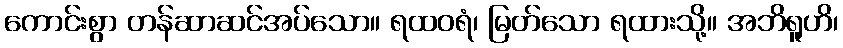
ကောင်းစွာ တန်ဆာဆင်အပ်သော။ ရထဝရံ၊ မြတ်သော ရထားသို့။ အဘိရူဟိ၊